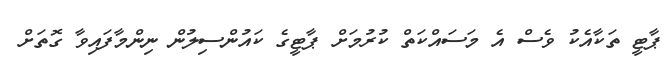
ޕާޓީ ތަކާއެކު ވެސް އެ މަސައްކަތް ކުރުމަށް ޕާޓީގެ ކައުންސިލުން ނިންމާފައިވާ ގޮތަށް